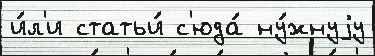
и́л'и статьи́ с'юда́ ну́жнуjу